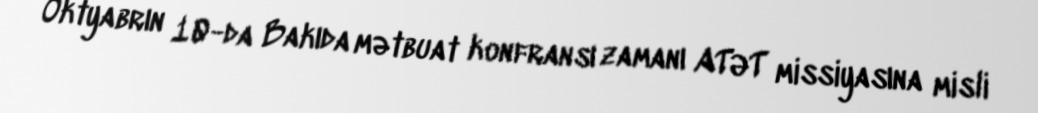
Oktyabrın 10-da Bakıda mətbuat konfransı zamanı ATƏT missiyasına misli